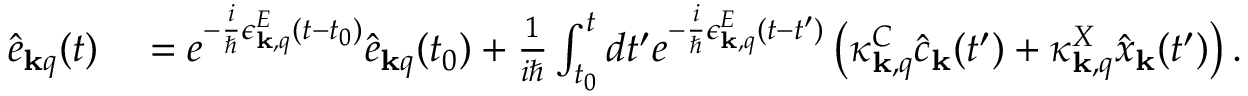
\begin{array} { r l } { \hat { e } _ { { \bf k } q } ( t ) } & { { } = e ^ { - \frac { i } { \hbar } \epsilon _ { { \bf k } , q } ^ { E } ( t - t _ { 0 } ) } \hat { e } _ { { \bf k } q } ( t _ { 0 } ) + \frac { 1 } { i \hbar } \int _ { t _ { 0 } } ^ { t } d t ^ { \prime } e ^ { - \frac { i } { \hbar } \epsilon _ { { \bf k } , q } ^ { E } ( t - t ^ { \prime } ) } \left( \kappa _ { { \bf k } , q } ^ { C } \hat { c } _ { { \bf k } } ( t ^ { \prime } ) + \kappa _ { { \bf k } , q } ^ { X } \hat { x } _ { { \bf k } } ( t ^ { \prime } ) \right) . } \end{array}